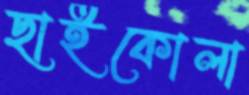
ছাইকোলা